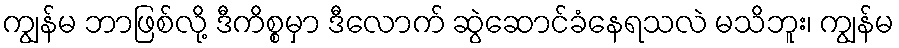
ကျွန်မ ဘာဖြစ်လို့ ဒီကိစ္စမှာ ဒီလောက် ဆွဲဆောင်ခံနေရသလဲ မသိဘူး၊ ကျွန်မ